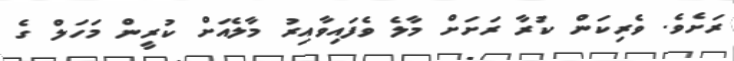
ރަށެވެ. ވެރިކަން ކުރާ ރަށަށް މާލެ ވެފައިވާއިރު މާލެއަށް ކުރީން މަހަލް ގެ